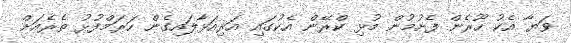
ވަޔާ އެކު ހޫރެން ފެށުމުން މުޅި ކްރޭން އެކުގައި އަރިއަޅާލައިގެން ހަރަމްފުޅު ތެރެއަށް